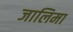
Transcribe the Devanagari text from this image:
जालिमा